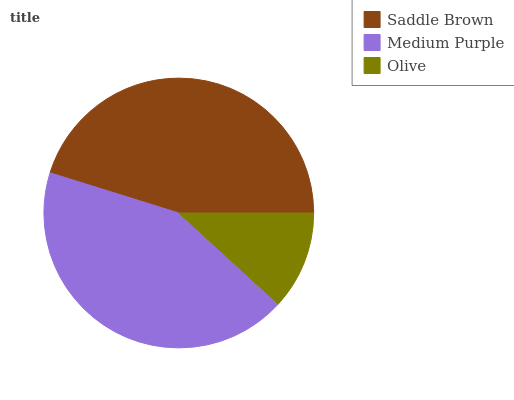
| Saddle Brown | Medium Purple | Olive |
 | --- | --- | --- |
 | 45.2% | 43% | 11.8% |